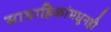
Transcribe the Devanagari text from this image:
साप्ताहिकांमधूनही